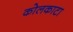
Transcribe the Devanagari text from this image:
कोलकाटा